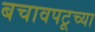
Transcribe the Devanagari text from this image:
बचावपटूच्या